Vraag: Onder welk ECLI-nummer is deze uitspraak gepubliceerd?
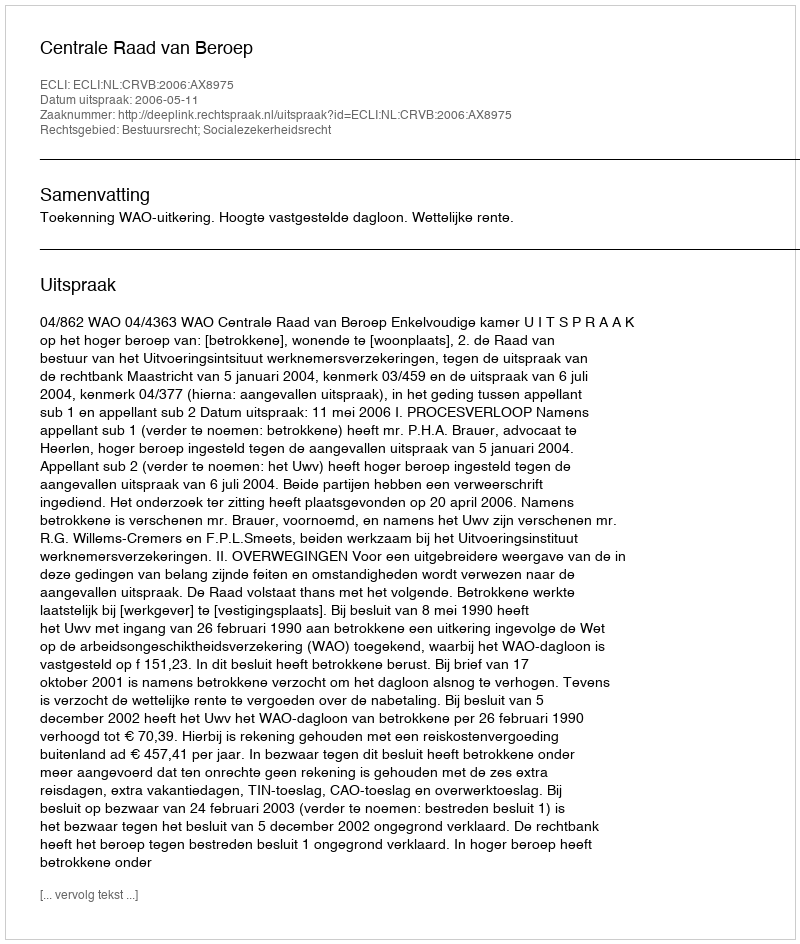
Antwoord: ECLI:NL:CRVB:2006:AX8975